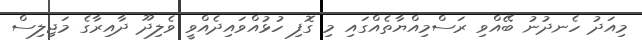
މިއަދު ހެނދުނު ބޭއްވި ރަސްމިއްޔާތެއްގައި މި ގޮފި ހުޅުއްވައިދެއްވީ ވެލިދޫ ދާއިރާގެ މަޖިލިސް